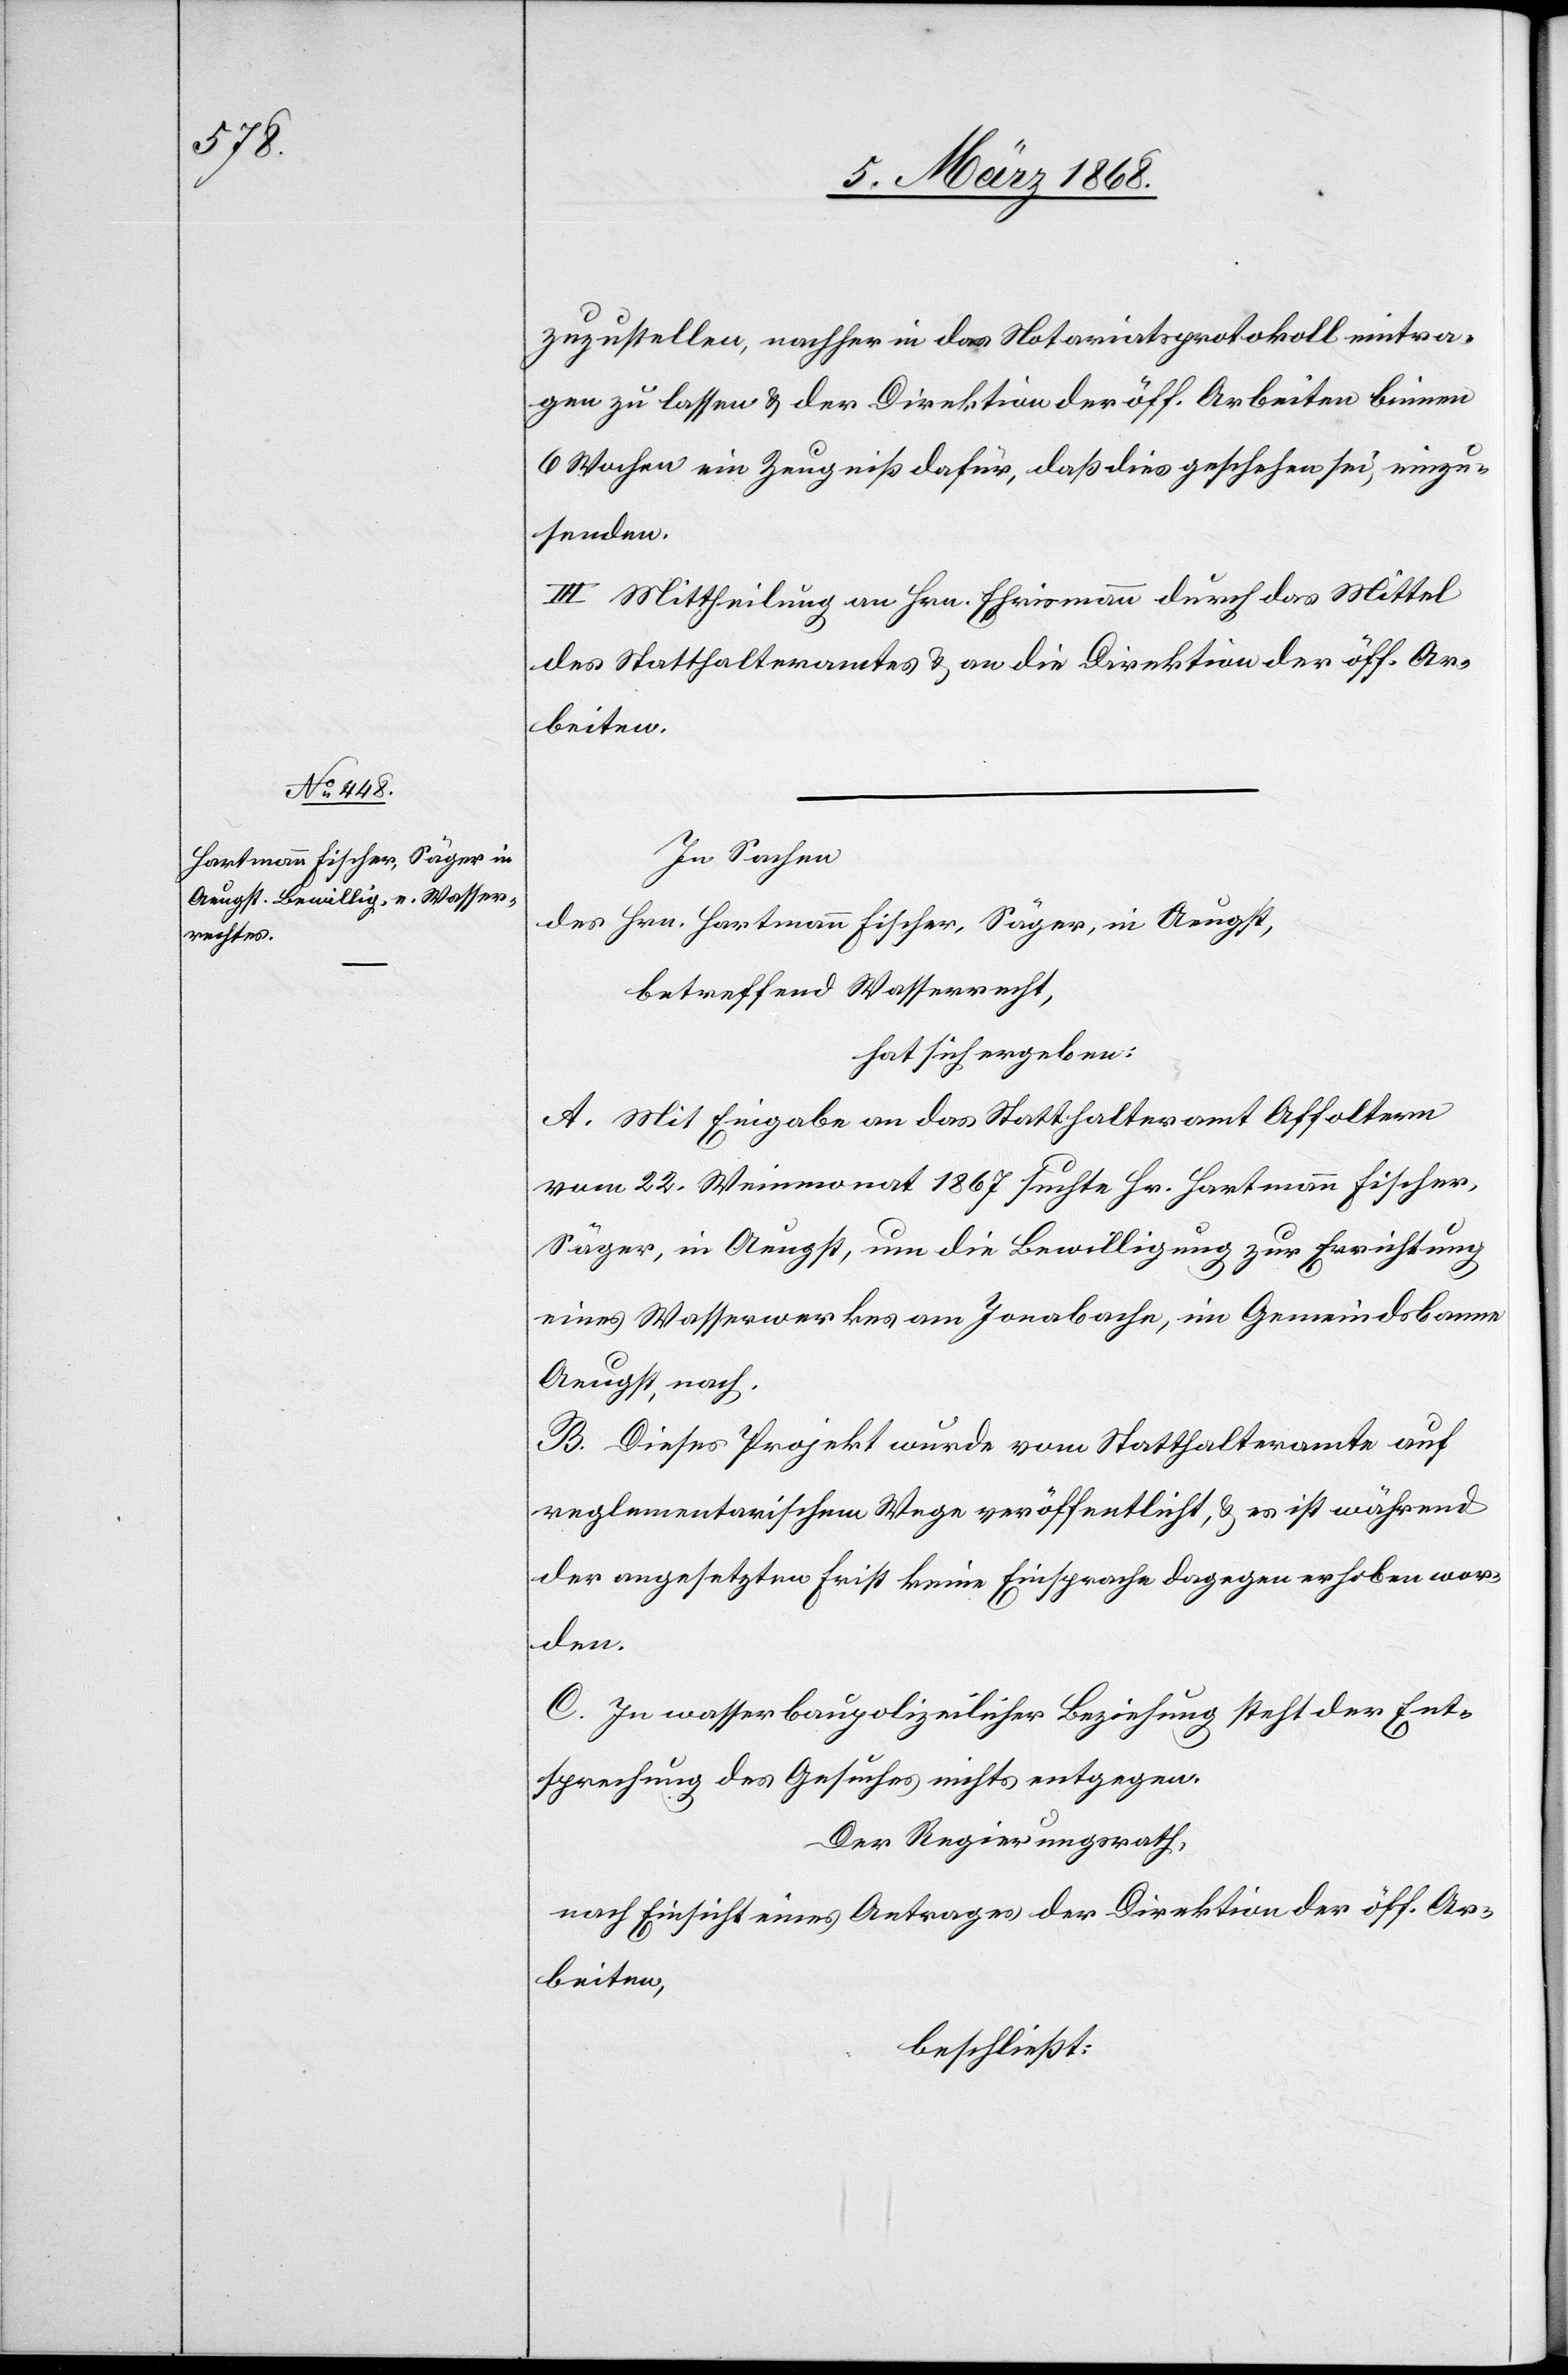
zuzustellen, nachher in das Notariatsprotokoll eintra¬
gen zu lassen & der Direktion der öff. Arbeiten binnen
6 Wochen ein Zeugniß dafür, daß dies geschehen sei, einzu¬
senden.
III Mittheilung an Hrn. Ehrismann durch das Mittel
des Statthalteramtes & an die Direktion der öff. Ar¬
beiten.
In Sachen
des Hrn. Hartmann Fischer, Säger, in Aeugst,
betreffend Wasserrecht,
hat sich ergeben:
A. Mit Eingabe an das Statthalteramt Affoltern
vom 22. Weinmonat 1867 suchte Hr. Hartmann Fischer,
Säger, in Aeugst, um die Bewilligung zur Errichtung
eines Wasserwerkes am Jonabache, im Gemeindsbanne
Aeugst, nach.
B. Dieses Projekt wurde vom Statthalteramte auf
reglementarischem Wege veröffentlicht, & es ist während
der angesetzten Frist keine Einsprache dagegen erhoben wor¬
den.
C. In wasserbaupolizeilicher Beziehung steht der Ent¬
sprechung des Gesuches nichts entgegen.
Der Regierungsrath,
nach Einsicht eines Antrages der Direktion der öff. Ar¬
beiten,
beschließt: